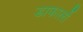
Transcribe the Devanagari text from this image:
डाफार्लो